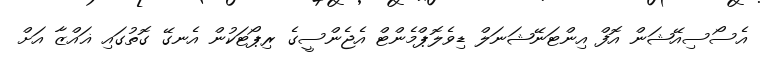
އެސޯސިއޭޝަން އޮފް އިންޓަނޭޝަނަލް ޑިވެލޮޕްމެންޓް އެޖެންސީގެ ރިޕޯޓަކުން އެނގޭ ގޮތުގައި ޣައްޒާ އަށް